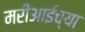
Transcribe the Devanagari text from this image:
मरीआईच्या